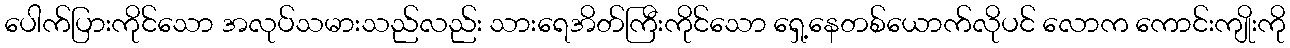
ပေါက်ပြားကိုင်သော အလုပ်သမားသည်လည်း သားရေအိတ်ကြီးကိုင်သော ရှေ့နေတစ်ယောက်လိုပင် လောက ကောင်းကျိုးကို